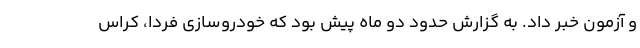
و آزمون خبر داد. به گزارش حدود دو ماه پیش بود که خودروسازی فردا، کراس